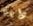
دايانا